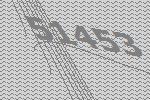
51453